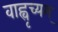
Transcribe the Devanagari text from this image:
वाह्वृच्यम्